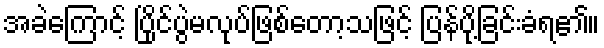
အခဲကြောင့် ပြိုင်ပွဲမလုပ်ဖြစ်တော့သဖြင့် ပြန်ပို့ခြင်းခံရ၏။